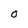
Character: O